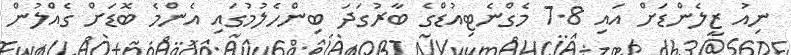
ނިއު ޒީލެންޑަށް އައި 7.8 މެގްނެޓިއުޑްގެ ބާރުގަދަ ބިންހެލުމުގައި އެންމެ ބޮޑަށް ގެއްލުން